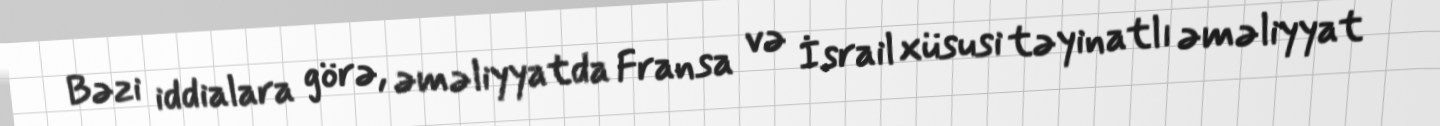
Bəzi iddialara görə, əməliyyatda Fransa və İsrail xüsusi təyinatlı əməliyyat